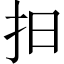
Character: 𢪏